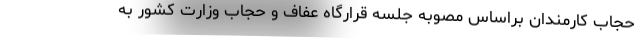
حجاب کارمندان براساس مصوبه جلسه قرارگاه عفاف و حجاب وزارت کشور به